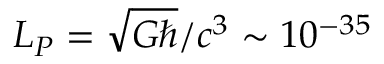
L _ { P } = \sqrt { G \hbar } / c ^ { 3 } \sim 1 0 ^ { - 3 5 }